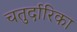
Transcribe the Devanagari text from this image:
चतुर्दारिका